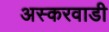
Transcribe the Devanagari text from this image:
अस्करवाडी